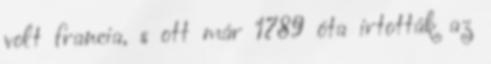
volt francia, s ott már 1789 óta irtották az